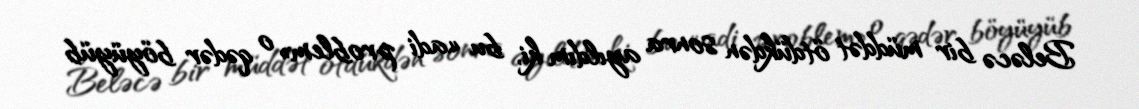
Beləcə bir müddət ötdükdən sonra ayıldım ki, bu «adi problem» o qədər böyüyüb